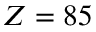
Z = 8 5